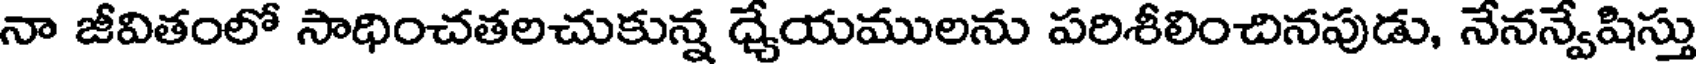
నా జీవితంలో సాధించతలచుకున్న ధ్యేయములను పరిశీలించినపుడు, నేనన్వేషిస్తు